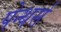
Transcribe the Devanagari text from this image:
पेन्थर्स